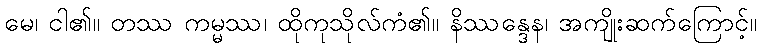
မေ၊ ငါ၏။ တဿ ကမ္မဿ၊ ထိုကုသိုလ်ကံ၏။ နိဿန္ဒေန၊ အကျိုးဆက်ကြောင့်။